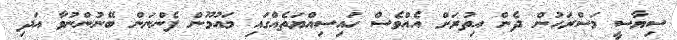
ސިޔާސީ މަސްރަހުން ދެން އިތުރަށް އެއްވެސް ހައިސިއްޔަތެއްގައި މައުމޫން ފެންނަން ބޭނުންނުވާ އަދި